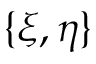
\{ \xi , \eta \}